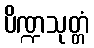
ပိဏ္ဍသုတ္တံ